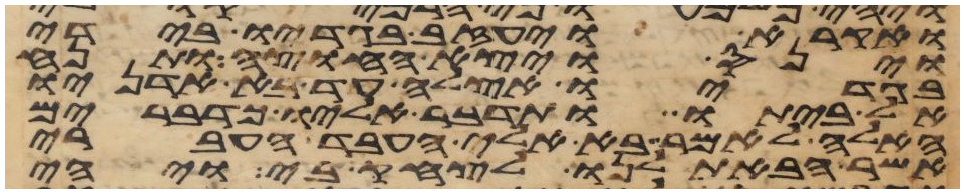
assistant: ואקרא ויעזב בגדיו בידי
וינס ויצא החוצה ותנח
בגדיו אצלה עד בא אדניו
אל ביתו ותדבר אליו כדברים
האלה לאמר בא אלי העבד העברי
אשר הבאת לנו לצחק בי ויהי